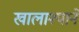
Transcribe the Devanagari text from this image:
खालाश्याने